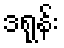
ဒရုန်း